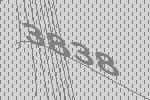
3838